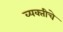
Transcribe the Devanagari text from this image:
व्यक्‍तीचे